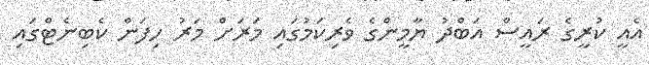
އެއީ ކުރީގެ ރައީސް އަބްދު ޔާމީންގެ ވެރިކަމުގައި މަރަށް މަރު ހިފަން ކެބިނެޓްގައި